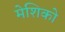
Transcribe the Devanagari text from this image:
मेशिको